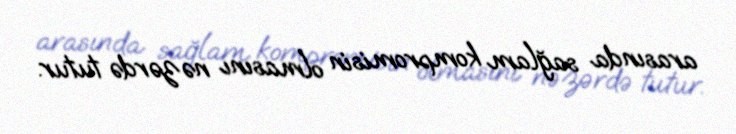
arasında sağlam kompromisin olmasını nəzərdə tutur.